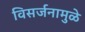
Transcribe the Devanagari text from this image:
विसर्जनामुळे